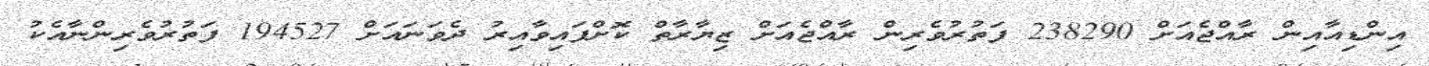
އިންޑިއާއިން ރާއްޖެއަށް 238290 ފަތުރުވެރިން ރާއްޖެއަށް ޒިޔާރާތް ކޮށްފައިވާއިރު ދެވަނައަށް 194527 ފަތުރުވެރިންނާއެކު